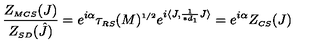
\frac { Z _ { \scriptscriptstyle M C S } ( J ) } { Z _ { \scriptscriptstyle S D } ( \hat { J } ) } = e ^ { i \alpha } \tau _ { \scriptscriptstyle R S } ( M ) ^ { \scriptscriptstyle 1 / 2 } e ^ { i \langle J , \frac { 1 } { \ast d _ { \scriptscriptstyle 1 } } J \rangle } = e ^ { i \alpha } Z _ { \scriptscriptstyle C S } ( J )